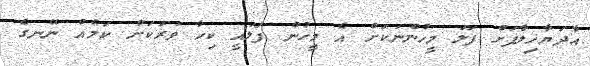
އާދަޔާޚިލާފަށް ފަލަ މީހުންނަކަށް އެ މީހުން ފަލައީ ކިހާ ވަރަކަށް ކަމެއް ނޭނގެ